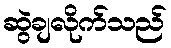
ဆွဲချလိုက်သည်